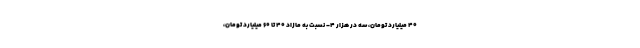
۴۰ میلیارد تومان، سه در هزار ۴- نسبت به مازاد ۴۰ تا ۶۰ میلیارد تومان،